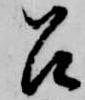
召